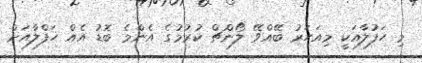
މި ހަފުލާއަކީ މިއަހަރު ބޭއްވޭ ލޯންޗް ކުރުމުގެ އެންމެ ބޮޑު އެއް ހަފްލާއަށް